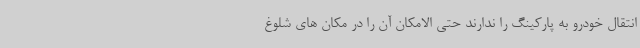
انتقال خودرو به پارکینگ را ندارند حتی الامکان آن را در مکان های شلوغ